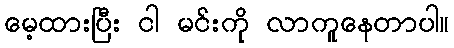
မေ့ထားပြီး ငါ မင်းကို လာကူနေတာပါ။